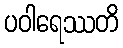
ပဝါရေဿတိ